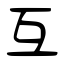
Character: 互